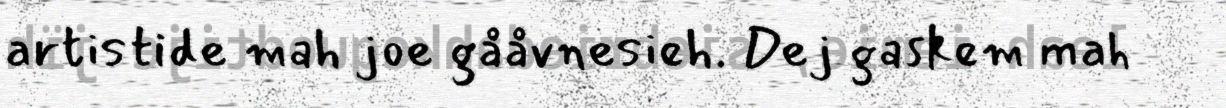
artistide mah joe gååvnesieh. Dej gaskem mah